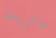
ماتريده